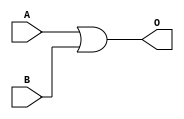
module OR16(input [15:0] A, B, output [15:0] O);
	assign O = A | B;
endmodule